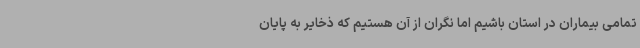
تمامی بیماران در استان باشیم اما نگران از آن هستیم که ذخایر به پایان